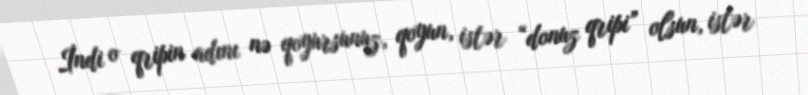
İndi o qripin adını nə qoyursunuz, qoyun, istər “donuz qripi” olsun, istər